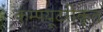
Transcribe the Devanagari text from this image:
कम्‍पयूटरीकृत